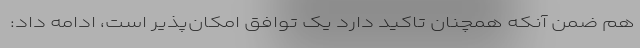
هم ضمن آنکه همچنان تاکید دارد یک توافق امکان‌پذیر است، ادامه داد: